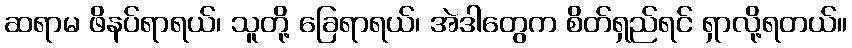
ဆရာမ ဖိနပ်ရာရယ်၊ သူတို့ ခြေရာရယ်၊ အဲဒါတွေက စိတ်ရှည်ရင် ရှာလို့ရတယ်။